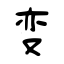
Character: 变